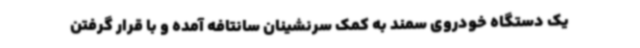
یک دستگاه خودروی سمند به کمک سرنشینان سانتافه آمده و با قرار گرفتن